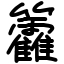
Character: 籱